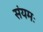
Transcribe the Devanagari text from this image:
संयमः